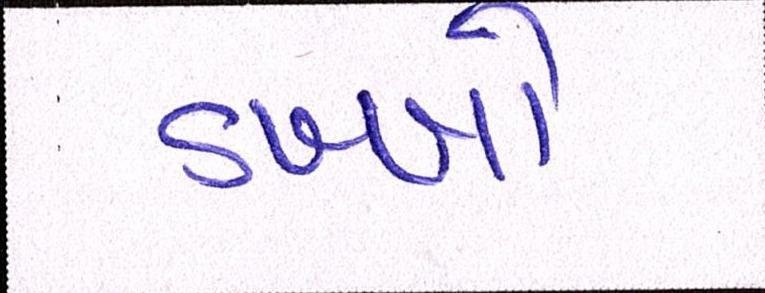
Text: ડખ્ખો